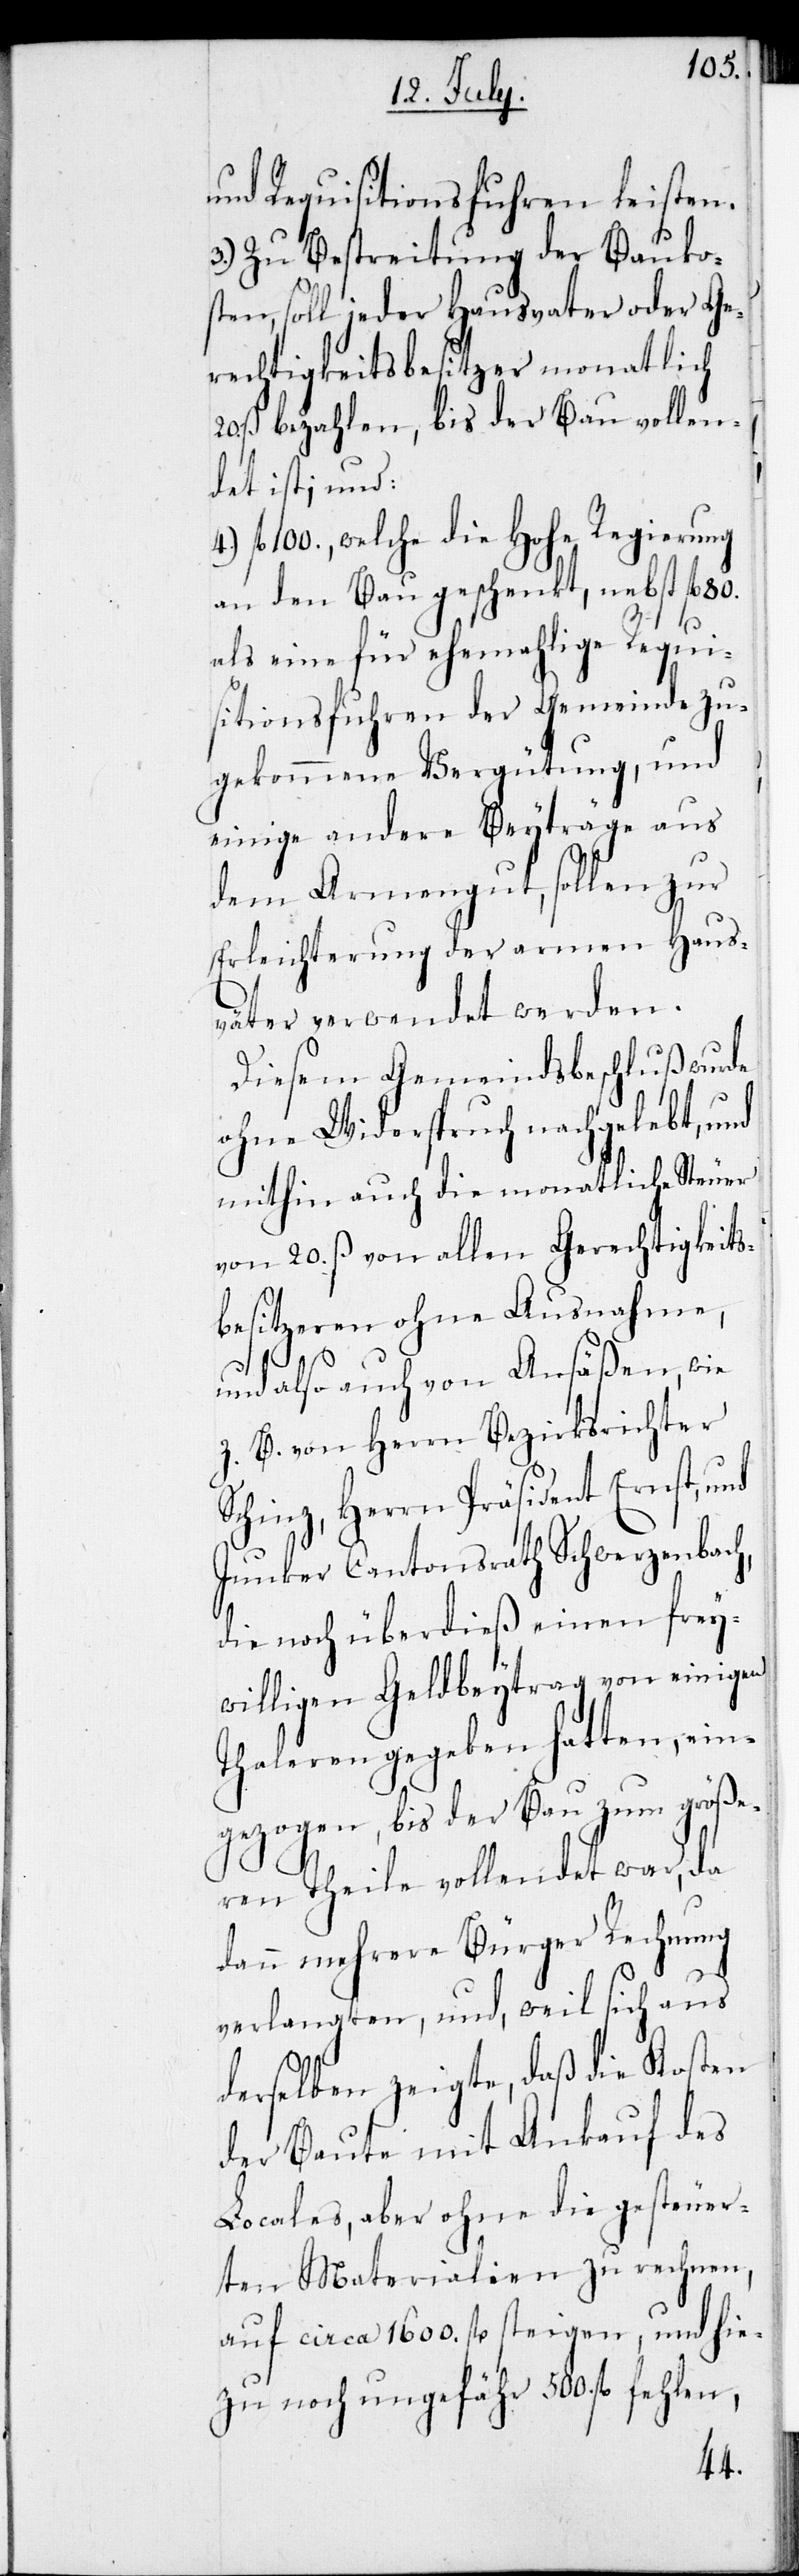
und Requisitionsfuhren leisten.
3.) Zu Bestreitung der Bauko¬
sten, soll jeder Hausvater oder Ge¬
rechtigkeitsbesitzer monatlich
20. ß. bezahlen, bis der Bau vollen¬
det ist; und:
fl. 100., welche die Hohe Regierung
an den Bau geschenkt, nebst fl. 80.
als eine für ehemahlige Requi¬
sitionsfuhren der Gemeinde zu¬
gekommene Vergütung, und
einige andere Beyträge aus
dem Armengut, sollen zur
Erleichterung der armen Haus¬
väter verwendet werden.
Diesem Gemeindsbeschluß wurde
ohne Widerspruch nachgelebt, und
mithin auch die monatliche Steuer
von 20. ß. von allen Gerechtigkeits¬
besitzeren ohne Ausnahme,
und also auch von Ansäßen, wie
z. B. von Herrn Bezirksrichter
Schinz, Herrn Präsident Ernst, und
Junker Cantonsrath Schwerzenbach,
die noch überdieß einen frey¬
willigen Geldbeytrag von einigen
Thaleren gegeben hatten, ein¬
gezogen, bis der Bau zum größe¬
ren Theile vollendet war, da
dann mehrere Bürger Rechnung
verlangten, und, weil sich aus
derselben zeigte, daß die Kosten
der Baute mit Ankauf des
Locales, aber ohne die gesteuer¬
ten Materialien zu rechnen,
auf circa 1600. fl. steigen, und hie¬
zu noch ungefähr 500. fl.